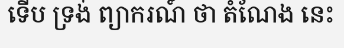
ទើប ទ្រង់ ព្យាករណ៍ ថា តំណែង នេះ